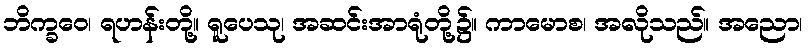
ဘိက္ခဝေ၊ ရဟန်းတို့။ ရူပေသု၊ အဆင်းအာရုံတို့၌။ ကာမောစ၊ အလိုသည်။ အညော၊